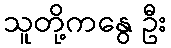
သူတို့ကနွေ ဦး